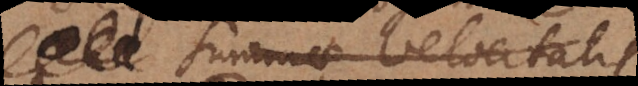
maximae velocitatis